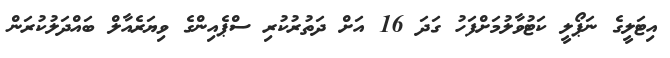
އިޓަލީގެ ނަޕޯލީ ކަޓުވާލުމަށްފަހު ގަދަ 16 އަށް ދަތުރުކުރި ސްޕެއިންގެ ވިޔަރެއާލް ބައްދަލުކުރަން